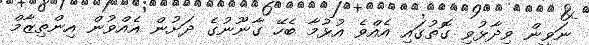
ނަވީން ވިދާޅުވި ގޮތުގައި އެއްވެ އުޅުމާ ބެހޭ ގާނޫނުގެ ދަށުން އެއްވުން އިންތިޒާމް